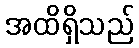
အထိရှိသည်